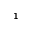
^ { 1 }